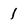
Character: 1